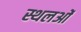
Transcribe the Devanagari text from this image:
स्थलओं